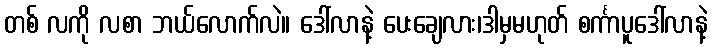
တစ် လကို လစာ ဘယ်လောက်လဲ။ ဒေါ်လာနဲ့ ပေးချေလား၊ဒါမှမဟုတ် စင်္ကာပူဒေါ်လာနဲ့